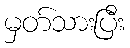
မှတ်သားပြီး